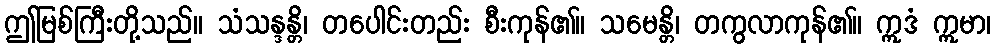
ဤမြစ်ကြီးတို့သည်။ သံသန္ဒန္တိ၊ တပေါင်းတည်း စီးကုန်၏။ သမေန္တိ၊ တကွလာကုန်၏။ ဣဒံ ဣမာ၊